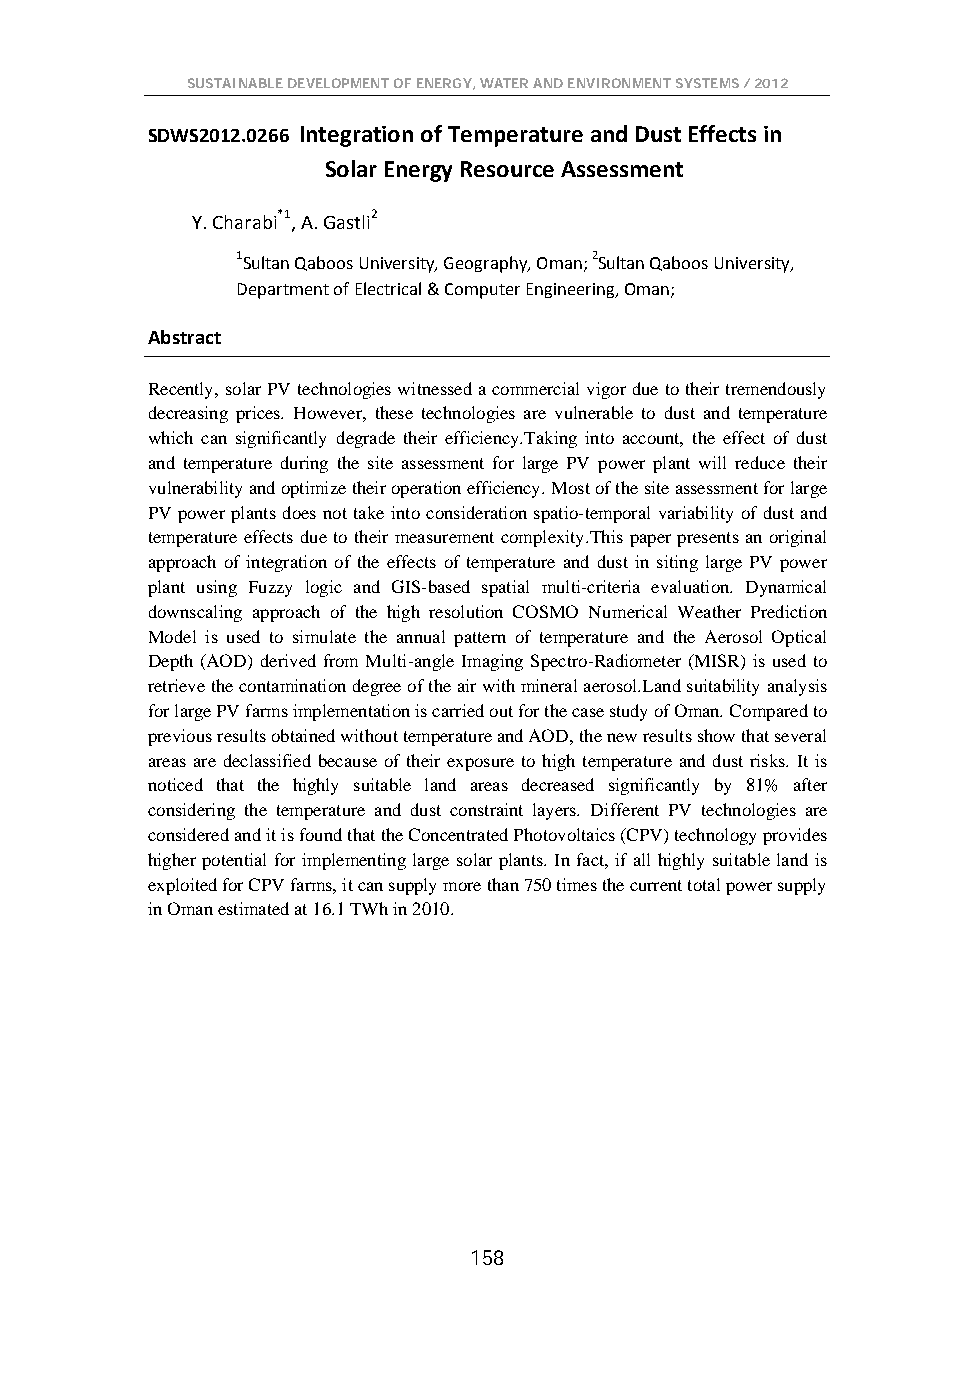
SUSTAINABLE DEVELOPMENT OF ENERGY, WATER AND ENVIRONMENT SYSTEMS / 2012
 SDWS2012.0266 Integration of Temperature and Dust Effects in
 Solar Energy Resource Assessment
 Y. Charabi*1, A. Gastli2
 1Sultan Qaboos University, Geography, Oman; 2Sultan Qaboos University,
 Department of Electrical & Computer Engineering, Oman;
 Abstract
 Recently, solar PV technologies witnessed a commercial vigor due to their tremendously
 decreasing prices. However, these technologies are vulnerable to dust and temperature
 which can significantly degrade their efficiency.Taking into account, the effect of dust
 and temperature during the site assessment for large PV power plant will reduce their
 vulnerability and optimize their operation efficiency. Most of the site assessment for large
 PV power plants does not take into consideration spatio-temporal variability of dust and
 temperature effects due to their measurement complexity.This paper presents an original
 approach of integration of the effects of temperature and dust in siting large PV power
 plant using Fuzzy logic and GIS-based spatial multi-criteria evaluation. Dynamical
 downscaling approach of the high resolution COSMO Numerical Weather Prediction
 Model is used to simulate the annual pattern of temperature and the Aerosol Optical
 Depth (AOD) derived from Multi-angle Imaging Spectro-Radiometer (MISR) is used to
 retrieve the contamination degree of the air with mineral aerosol.Land suitability analysis
 for large PV farms implementation is carried out for the case study of Oman. Compared to
 previous results obtained without temperature and AOD, the new results show that several
 areas are declassified because of their exposure to high temperature and dust risks. It is
 noticed that the highly suitable land areas decreased significantly by 81% after
 considering the temperature and dust constraint layers. Different PV technologies are
 considered and it is found that the Concentrated Photovoltaics (CPV) technology provides
 higher potential for implementing large solar plants. In fact, if all highly suitable land is
 exploited for CPV farms, it can supply more than 750 times the current total power supply
 in Oman estimated at 16.1 TWh in 2010.
 158